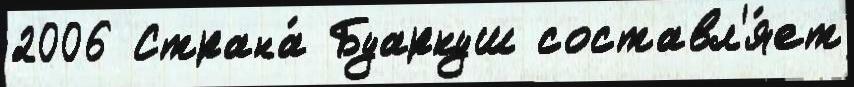
2006 Страна́ Буаркуш составл'я́ет